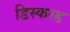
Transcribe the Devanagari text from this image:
डिस्कस्ड